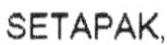
SETAPAK,